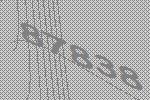
87838